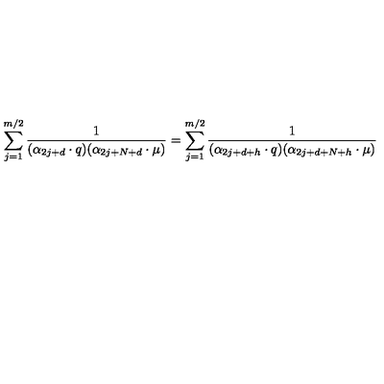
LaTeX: \sum _ { j = 1 } ^ { m / 2 } { \frac { 1 } { ( \alpha _ { 2 j + d } \cdot q ) ( \alpha _ { 2 j + N + d } \cdot \mu ) } } = \sum _ { j = 1 } ^ { m / 2 } { \frac { 1 } { ( \alpha _ { 2 j + d + h } \cdot q ) ( \alpha _ { 2 j + d + N + h } \cdot \mu ) } }